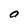
Character: O